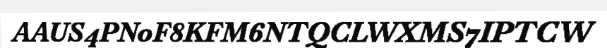
AAUS4PN0F8KFM6NTQCLWXMS7IPTCW